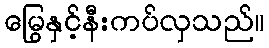
မြွေနှင့်နီးကပ်လှသည်။